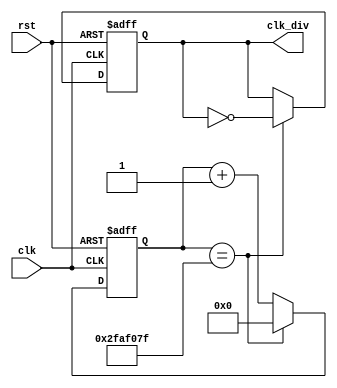
`timescale 1ns / 1ps
//////////////////////////////////////////////////////////////////////////////////
// Company: 
// Engineer: 
// 
// Design Name: 
// Module Name: secondsTimer
// Project Name: 
// Target Devices: 
// Tool Versions: 
// Description: 
// 
// Dependencies: 
// 
// Revision:
// Revision 0.01 - File Created
// Additional Comments:
// 
//////////////////////////////////////////////////////////////////////////////////


module secondsTimer(
        input clk,
        input rst,
        output reg clk_div
    );
    
    localparam constnum = 50000000;
    
    reg [31:0] count;
     
    always @ (posedge(clk), posedge(rst))
    begin
        if (rst == 1'b1)
            count <= 32'b0;
        else if (count == constnum - 1)
            count <= 32'b0;
        else
            count <= count + 1;
    end
    
    always @ (posedge(clk), posedge(rst))
    begin
        if (rst == 1'b1)
            clk_div <= 1'b0;
        else if (count == constnum - 1)
            clk_div <= ~clk_div;
        else
            clk_div <= clk_div;
    end    
endmodule